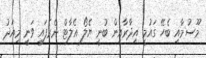
މޫސުމާއި ބެހޭ ގައުމީ އިދާރާއިން ބުނީ ޔެލޯ އެލާޓް ނެރެފައި ވަނީ މިއަދު